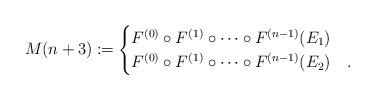
LaTeX: \begin{align*}M(n+3) \coloneqq \begin{cases} F^{(0)}\circ F^{(1)} \circ \cdots \circ F^{(n-1)} (E_1) &\\F^{(0)}\circ F^{(1)} \circ \cdots \circ F^{(n-1)} (E_2) &.\end{cases}\end{align*}